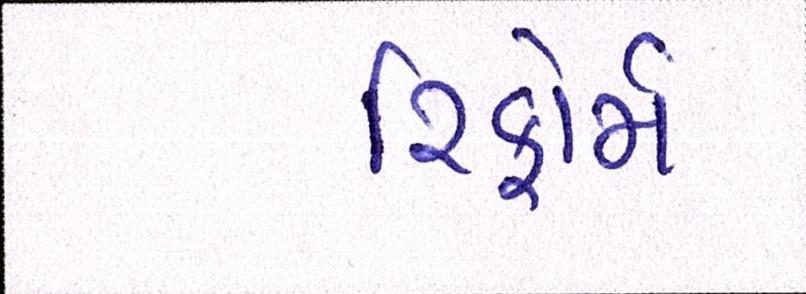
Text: રિફોર્મ